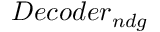
D e c o d e r _ { n d g }